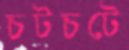
চটচটে